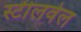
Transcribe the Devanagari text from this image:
स्टीलवेल